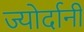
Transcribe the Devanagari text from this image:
ज्योर्दानी